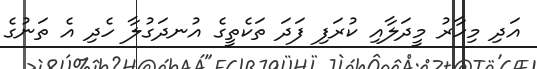
އަދި މިހާރު މީދަލާއި ކުރަފި ފަދަ ތަކެތީގެ އުނދަގުލާ ހެދި އެ ތަނުގެ